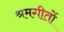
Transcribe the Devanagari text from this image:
श्रमगीतों